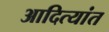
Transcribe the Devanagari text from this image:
आदित्यांत